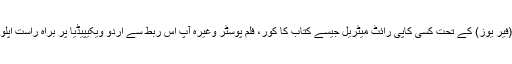
مناسب استعمال (فیر یوز) کے تحت کسی کاپی رائٹ میٹریل جیسے کتاب کا کور، فلم پوسٹر وغیرہ آپ اس ربط سے اردو ویکیپیڈیا پر براہ راست اپلوڈ کر سکتے ہیں۔